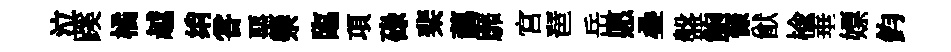
泣蹊橘越绡甞堊禜臨項碌棐藹靡宫琶岳愿叠盤鲍慷猷榆垂嫖鈞